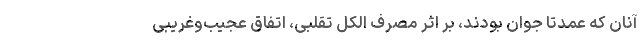
آنان که عمدتا جوان بودند، بر اثر مصرف الکل تقلبی، اتفاق عجیب‌وغریبی